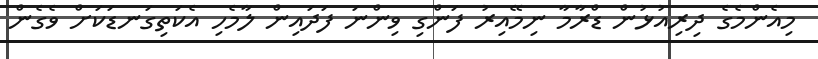
މިއެންމެގެ ދިރިއުޅުން ޑްރާމާ ނިމޭއިރު ފަންގި ވިންނަ ފަދައިން ލާމެހި އެކަތިގަނޑަކަށް ވެގެން